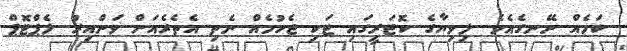
ކަމެއް ނޭނގެއެވެ. ލިވިޔާގެ ކޮޓަރީގައި ޓަކި ޖެހުމެއް ނެތި އެތެރެއަށް ވަންއިރު ލެޕްޓޮޕް